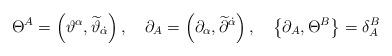
LaTeX: \begin{align*} \Theta^A = \left( \vartheta^\alpha, \widetilde{\vartheta}_{\dot{\alpha}} \right), \quad \partial_A = \left( \partial_\alpha, \widetilde{\partial}^{\dot{\alpha}} \right), \quad \left\{ \partial_A, \Theta^B \right\} = \delta_A^B\end{align*}